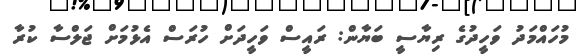
މުހައްމަދު ވަހީދުގެ ރިޔާސީ ބަޔާން: ރައީސް ވަހީދަށް ހުރަސް އެޅުމަށް ޖަލްސާ ކުރާ